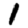
Digit: 1